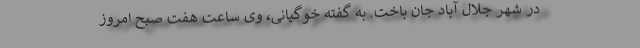
در شهر جلال آباد جان باخت. به گفته خوگیانی، وی ساعت هفت صبح امروز